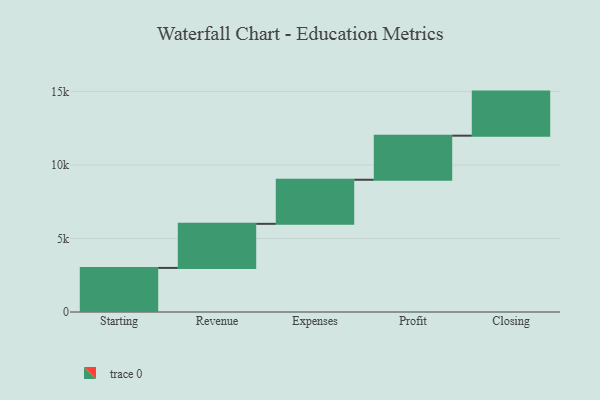
{"axis": {"x": "Step", "y": "Value"}, "legend": [""], "data": [{"x": "Starting", "y": 3000, "type": ""}, {"x": "Revenue", "y": 3000, "type": ""}, {"x": "Expenses", "y": 3000, "type": ""}, {"x": "Profit", "y": 3000, "type": ""}, {"x": "Closing", "y": 3000, "type": ""}]}